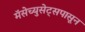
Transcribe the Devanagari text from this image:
मॅसेच्युसेट्सपासून